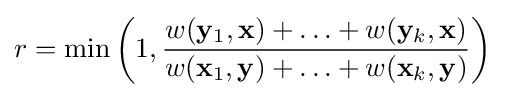
r={\text{min}}\left(1,{\frac {w(\mathbf {y} _{1},\mathbf {x} )+\ldots +w(\mathbf {y} _{k},\mathbf {x} )}{w(\mathbf {x} _{1},\mathbf {y} )+\ldots +w(\mathbf {x} _{k},\mathbf {y} )}}\right)